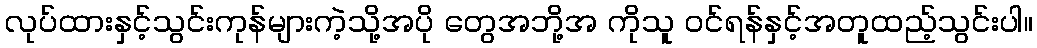
လုပ်ထားနှင့်သွင်းကုန်များကဲ့သို့အပို တွေအဘို့အ ကိုသူ ဝင်ရန်နှင့်အတူထည့်သွင်းပါ။